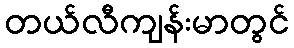
တယ်လီကျန်းမာတွင်